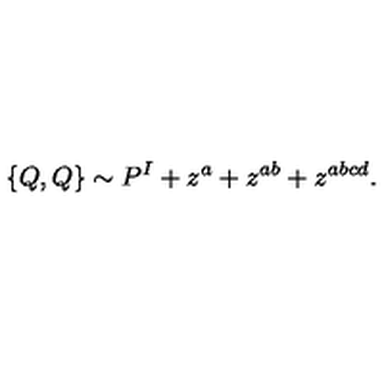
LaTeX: \{ Q , Q \} \sim P ^ { I } + z ^ { a } + z ^ { a b } + z ^ { a b c d } .